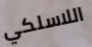
اللاسلكي